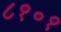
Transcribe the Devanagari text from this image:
८१०१